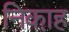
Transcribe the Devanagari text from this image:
निका़ह